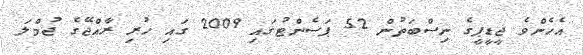
އެހެންވެ ޖީޑީޕީގެ ނިސްބަތުން 52 ޕަސެންޓުގައި 2009 ގައި ހުރި ރާއްޖޭގެ ޖުމްލަ